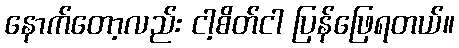
နောက်တော့လည်း ငါ့စိတ်ငါ ပြန်ဖြေရတယ်။